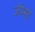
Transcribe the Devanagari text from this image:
जेम्स्